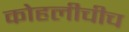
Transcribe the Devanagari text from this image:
कोहलीचीच